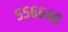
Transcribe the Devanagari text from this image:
५५६६४०